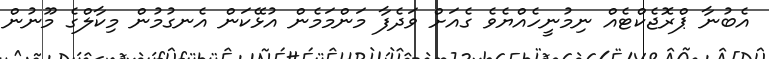
އެބުނާ ޕްރޮޖެކްޓެއް ނިމުނީހެއްޔެވެ ގެއަށް ވަދެފާ މަންމަމެން އުޅޭކަން އެނގުމުން މިކާލްގެ މޫނުން